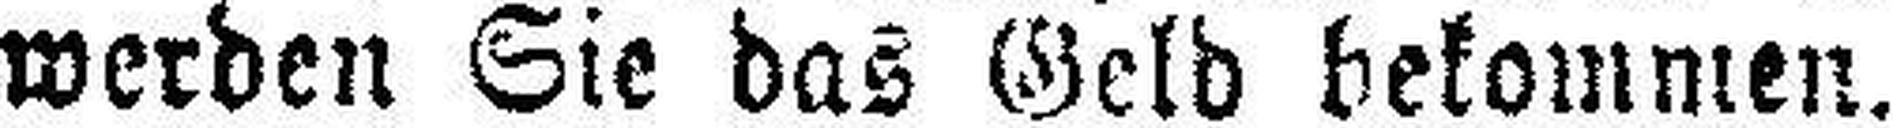
werden Sie das Geld bekommen.